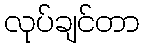
လုပ်ချင်တာ